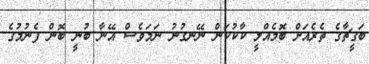
ބަގީޗާގެ ތެރެއަށް ބޮމެއްލީ ކާކުކަން ނޭނގުނު ނަމަވެސް އޭނާ ބުނީ ބޮން ފެނުމުގެ